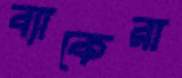
ব্যাকেরা